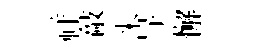
祥敲米㝵懈